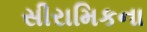
સીરામિકના